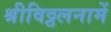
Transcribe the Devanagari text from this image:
श्रीविठ्ठलनामें